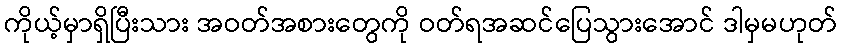
ကိုယ့်မှာရှိပြီးသား အဝတ်အစားတွေကို ဝတ်ရအဆင်ပြေသွားအောင် ဒါမှမဟုတ်